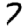
Digit: 7